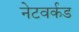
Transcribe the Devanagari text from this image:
नेटवर्कड